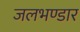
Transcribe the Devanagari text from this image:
जलभण्डार